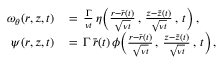
\begin{array} { r l } { \omega _ { \theta } ( r , z , t ) \, } & { = \, \frac { \Gamma } { \nu t } \, \eta \Bigl ( \frac { r - \bar { r } ( t ) } { \sqrt { \nu t } } \, , \, \frac { z - \bar { z } ( t ) } { \sqrt { \nu t } } \, , \, t \Bigr ) \, , } \\ { \psi ( r , z , t ) \, } & { = \, \Gamma \, \bar { r } ( t ) \, \phi \Bigl ( \frac { r - \bar { r } ( t ) } { \sqrt { \nu t } } \, , \, \frac { z - \bar { z } ( t ) } { \sqrt { \nu t } } \, , \, t \Bigr ) \, , } \end{array}